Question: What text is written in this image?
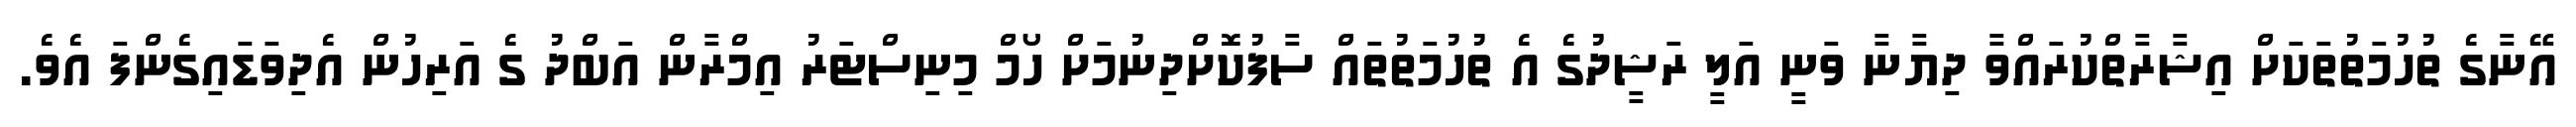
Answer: އޭނާގެ ތުހުމަތުތަކަށް އިޝާރާތްކުރައްވާ ދިޔާނާ ވަނީ އަލީ ރަޝީދުގެ އެ ތުހުމަތުތައް ސާފުކޮށްދިނުމަށް ހޯމް މިނިސްޓަރު އިމްރާން އަބްދު ގެ އަރިހުން އެދިވަޑައިގެންފަ އެވެ.